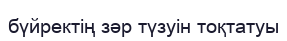
бүйректің зәр түзуін тоқтатуы